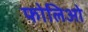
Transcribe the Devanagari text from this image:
फोलिओ